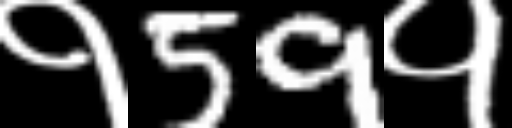
Text: १59१